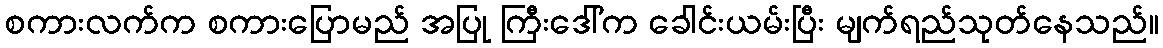
စကားလက်က စကားပြောမည် အပြု ကြီးဒေါ်က ခေါင်းယမ်းပြီး မျက်ရည်သုတ်နေသည်။